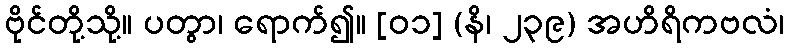
ဗိုင်တို့သို့။ ပတွာ၊ ရောက်၍။ [၀၁] (နိ၊ ၂၃၉) အဟိရိကဗလံ၊